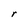
Character: r